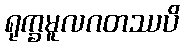
ရုက္ခမူလဂတဿပိ